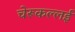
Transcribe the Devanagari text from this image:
चेरूकल्लई